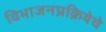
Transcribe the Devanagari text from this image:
विभाजनप्रक्रियेचे